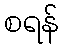
စရန်